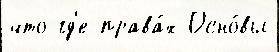
что гд'е права́х Осно́вы